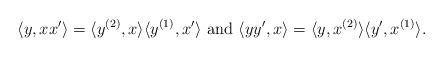
LaTeX: \begin{align*}&\langle y, xx'\rangle = \langle y^{(2)},x\rangle\langle y^{(1)},x' \rangle \mbox{ and }\langle yy', x\rangle = \langle y,x^{(2)}\rangle\langle y',x^{(1)} \rangle.\end{align*}